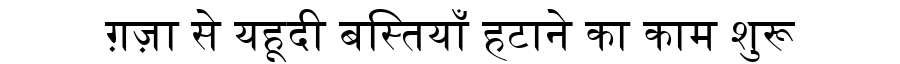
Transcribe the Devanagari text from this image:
ग़ज़ा से यहूदी बस्तियाँ हटाने का काम शुरू